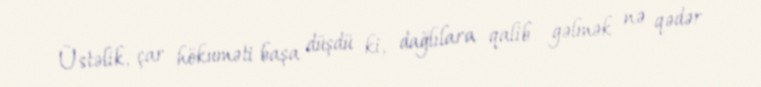
Üstəlik, çar hökuməti başa düşdü ki, dağlılara qalib gəlmək nə qədər